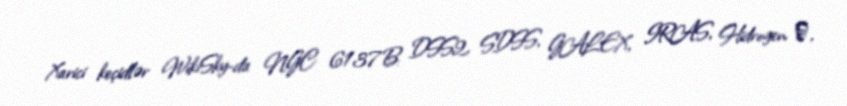
Xarici keçidlər WikiSky-da NGC 6137B: DSS2, SDSS, GALEX, IRAS, Hidrogen α,